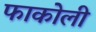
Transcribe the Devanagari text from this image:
फाकोली